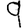
Digit: 9